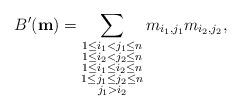
LaTeX: \begin{align*} B'({\bf m})=\sum_{\substack{1\leq i_1 < j_1\leq n\\1\leq i_2 < j_2\leq n\\1\leq i_1 \leq i_2\leq n\\1\leq j_1 \leq j_2\leq n\\j_{1}>i_2 }} m_{i_{1},j_{1}}m_{i_{2},j_{2}},\end{align*}